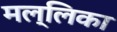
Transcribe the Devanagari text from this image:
मल्‍लिका